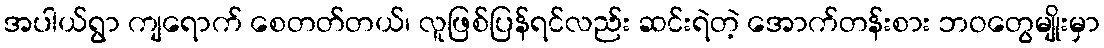
အပါယ်ရွာ ကျရောက် စေတတ်တယ်၊ လူဖြစ်ပြန်ရင်လည်း ဆင်းရဲတဲ့ အောက်တန်းစား ဘဝတွေမျိုးမှာ